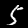
Digit: 5